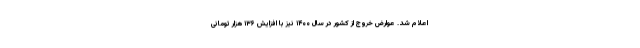
اعلام شد. عوارض خروج از کشور در سال ۱۴۰۰ نیز با افزایش ۱۳۶ هزار تومانی